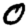
Digit: 0